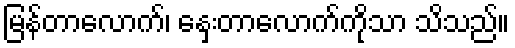
မြန်တာလောက်၊ နှေးတာလောက်ကိုသာ သိသည်။